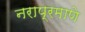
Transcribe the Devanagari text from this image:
नराप्रमाणे